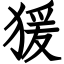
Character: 猨